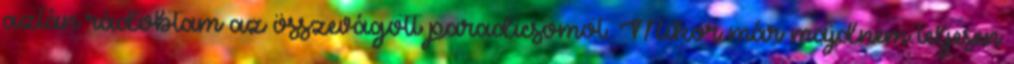
aztán rádobtam az összevágott paradicsomot. Mikor már majdnem teljesen